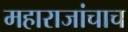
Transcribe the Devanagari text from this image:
महाराजांचाच